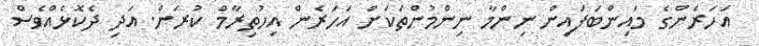
އަހަރެންގެ މައިންބަފައިން ނިންމާ ނިންމުންތަކަށް އަހަރެން އިހުތިރާމް ކުރަން. އަދި ދެކޮޅެއްވެސް